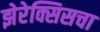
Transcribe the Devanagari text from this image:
झेरेक्सिसचा